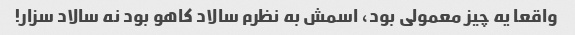
واقعا یه چیز معمولی بود، اسمش به نظرم سالاد کاهو بود نه سالاد سزار!